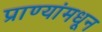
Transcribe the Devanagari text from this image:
प्राण्यांमधून